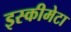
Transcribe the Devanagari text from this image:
इस्कीमेटा